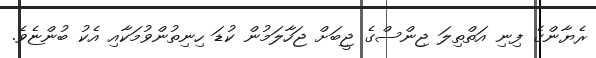
ރެޔާންގެ ފިނި އަތްތިލަ ޖިންސްގެ ޖީބަށް ޖަހާލަމުން ކުޑަ ހިނިތުންވުމަކާއި އެކު ބުންޏެވެ.